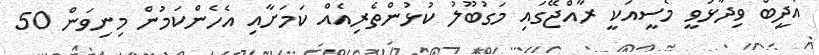
އަދީބް ވިދާޅުވީ މެސީއަކީ ރާއްޖޭގައި މަގުބޫލު ކުޅުންތެރިއެއް ކަމަށާއި އެހެންކަމުން މިނިވަން 50